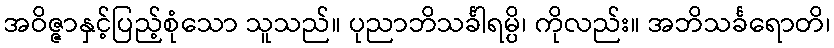
အဝိဇ္ဇာနှင့်ပြည့်စုံသော သူသည်။ ပုညာဘိသင်္ခါရမ္ပိ၊ ကိုလည်း။ အဘိသင်္ခရောတိ၊